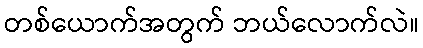
တစ်ယောက်အတွက် ဘယ်လောက်လဲ။